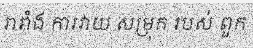
រារាំង ការវាយ សម្រុក របស់ ពួក